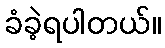
ခံခဲ့ရပါတယ်။